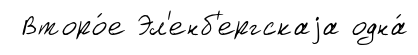
Второ́е Эл'енб'ергскаjа одна́